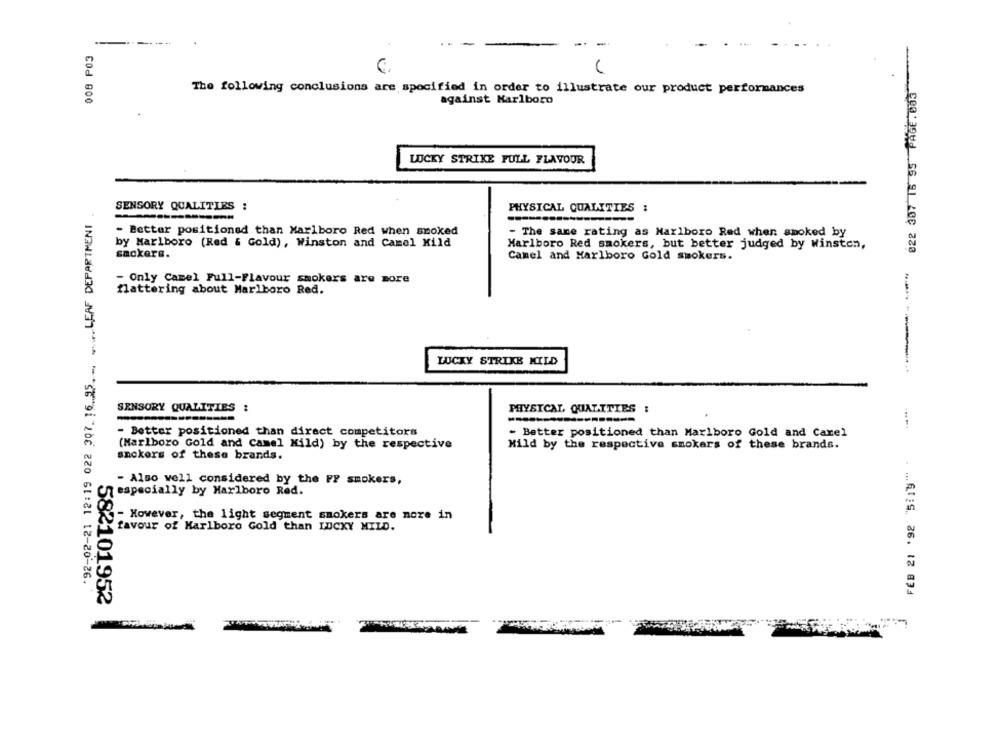
. .
008 PO3
6.
022 307 16 95 PAGE. 003
The following conclusions are specified in order to illustrate our product performances
against Karlboro
LUCKY STRIKE FULL FLAVOUR
.LEAF DEPARTMENT
SENSORY QUALITIES :
PHYSICAL QUALITIES :
- Better positioned than Marlboro Red when smoked
- The same rating as Marlboro Red when smoked by
by Marlboro (Red & Gold), Winston and Camel Kild
Marlboro Red smokers, but better judged by Winsten,
smokere.
Camel and Marlboro Gold smokers.
- Only Camel Full-Flavour smokers are more
flattering about Marlboro Red.
*92-02-21 12:19 022 307. 16.95 ...
LUCKY STRIKE MILD
SENSORY QUALITIES :
PHYSICAL QUALITIES :
- Better positioned than direct competitors
- Batter positioned than Marlboro Gold and Carel
(Marlboro Gold and Camel Mild) by the respective
Mild by the respective smokers of these brands.
FEB 21 '92 "5:1y" .
anckers of these brands.
- Also well considered by the FF smokers,
especially by Marlboro Red.
- However, the light segment smokers are nore in
favour of Marlboro Gold than LUCKY MILD.
582101952